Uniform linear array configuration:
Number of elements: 8
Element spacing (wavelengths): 1
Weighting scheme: hamming
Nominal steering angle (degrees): -15
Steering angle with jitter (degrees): -13.566
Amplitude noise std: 0.05
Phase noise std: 0.05

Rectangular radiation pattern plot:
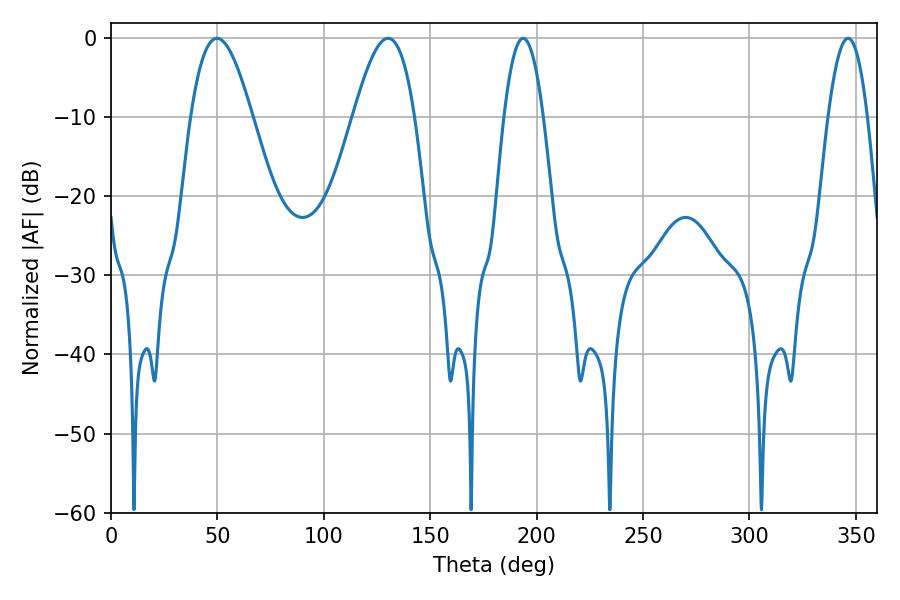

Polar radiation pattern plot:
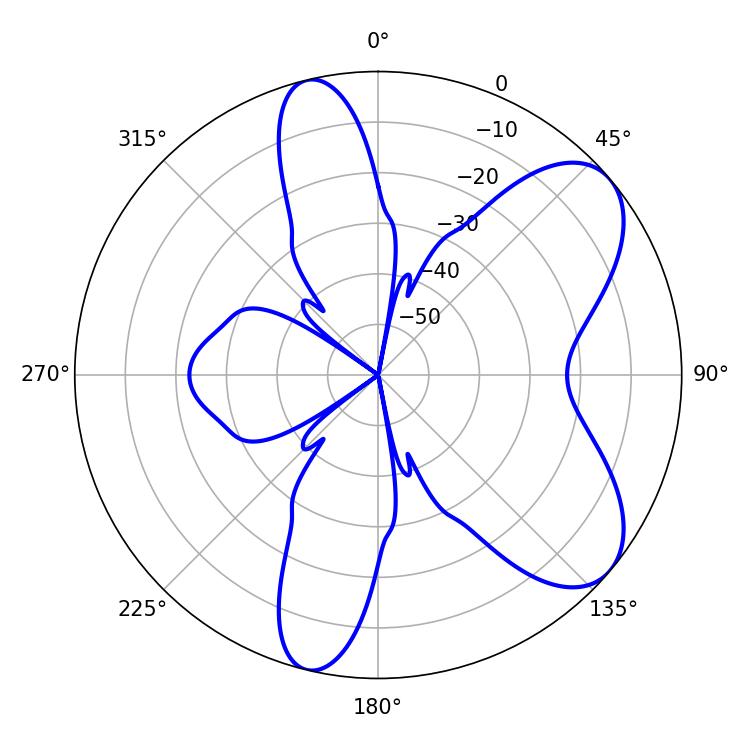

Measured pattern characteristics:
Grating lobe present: TRUE
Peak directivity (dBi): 7.319
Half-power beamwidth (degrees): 10.08
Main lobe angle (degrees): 193.68